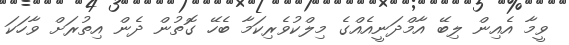
ވީމާ އެއިން ލިބޭ އާމްދަނީއެއްގެ މިލްކުވެރިކަމާ ބެހޭ ގޮތުން ދެން އިތުރަށް ވާހަކަ